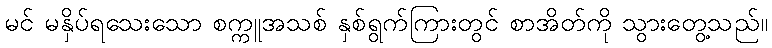
မင် မနှိပ်ရသေးသော စက္ကူအသစ် နှစ်ရွက်ကြားတွင် စာအိတ်ကို သွားတွေ့သည်။